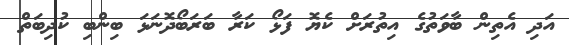
އަދި އެތިން ބާވަތުގެ އިތުރަށް ކެޔޮ ފަޅޯ ކަރާ ބަރަބޯދޮނަޅަ ބިންބި ކުދިބަތް